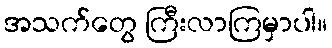
အသက်တွေ ကြီးလာကြမှာပါ။